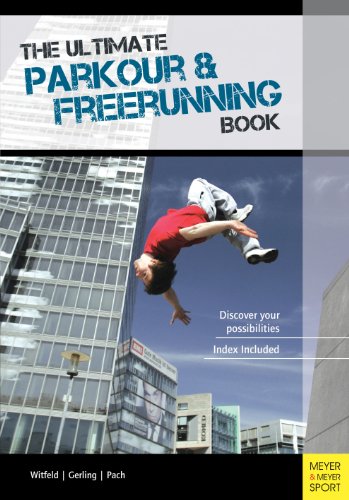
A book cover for The Ultimate Parkour & Freerunning Book: Discover Your Possibilities!; Ilona Gerling; Sports & Outdoors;